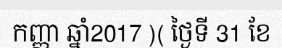
កញ្ញា ឆ្នាំ2017 )( ថ្ងៃទី 31 ខែ